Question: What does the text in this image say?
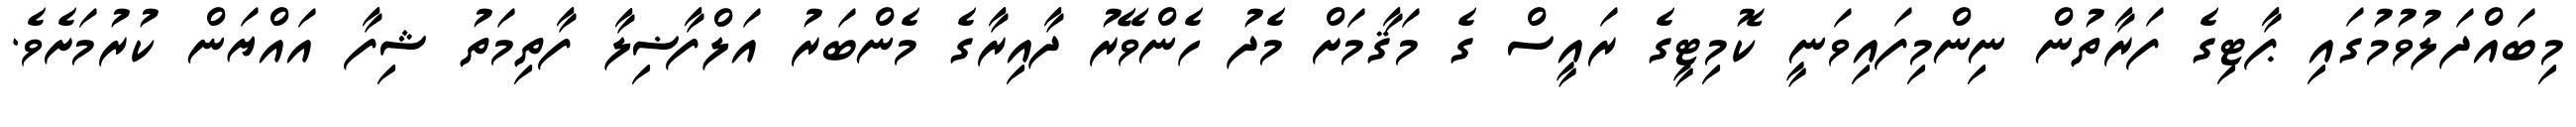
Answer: މިބައްދަލުވުމުގައި ޕާޓިގެ ފަރާތުން ނިންމިފައިވަނީ ކޮމިޓީގެ ރައީސް ގެ މަޤާމަށް މެދު ހެންވޭރު ދާއިރާގެ މެންބަރު އަލްފާޟިލާ ފާތިމަތު ޝިފާ އައްޔަން ކުރުމަށެވެ.